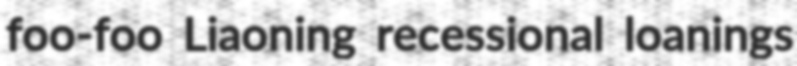
foo-foo Liaoning recessional loanings